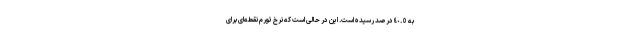
به ٤٠.٥ درصد رسیده است. این در حالی است که نرخ تورم نقطه‌ای برای